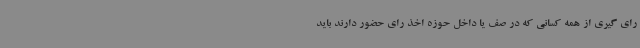
رای گیری از همه کسانی که در صف یا داخل حوزه اخذ رای حضور دارند باید